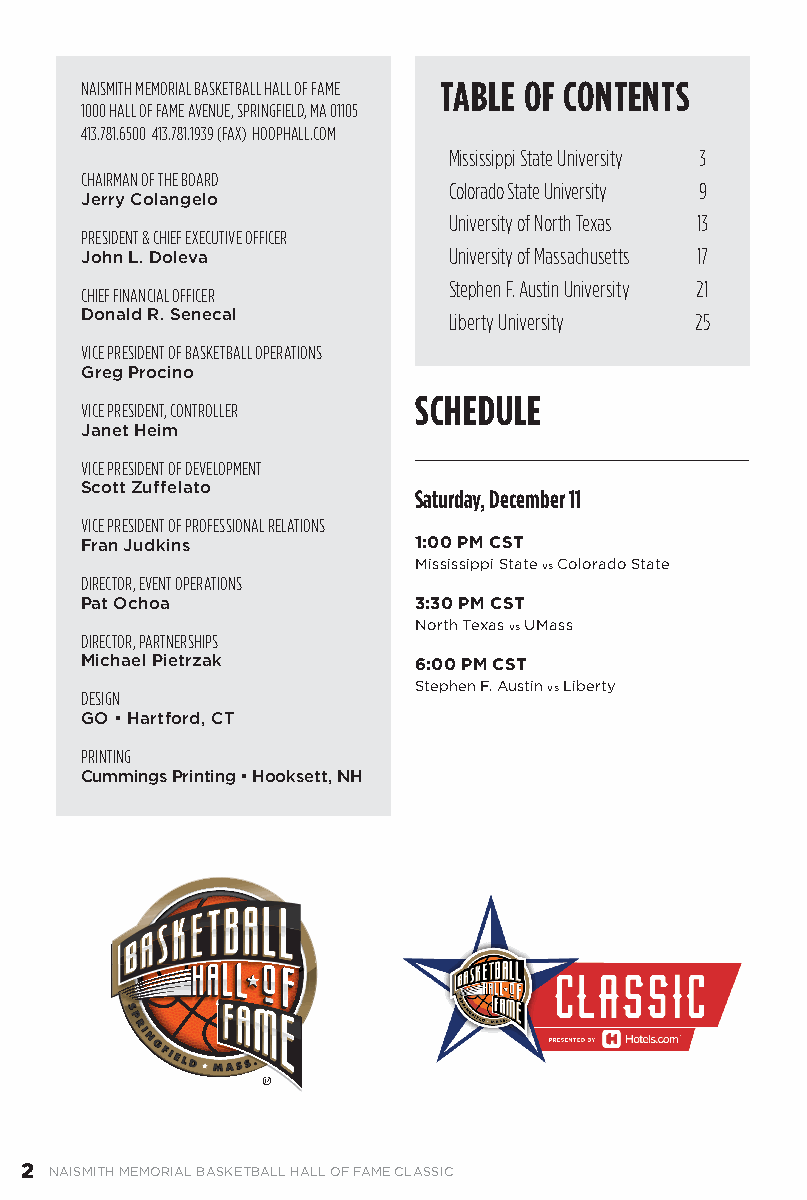
NAISMITH MEMORIAL BASKETBALL HALL OF FAME TABLE OF CONTENTS
 1000 HALL OF FAME AVENUE, SPRINGFIELD, MA 01105
 413.781.6500 413.781.1939 (FAX) HOOPHALL.COM
 Mississippi State University 3
 CHAIRMAN OF THE BOARD
 Colorado State University 9
 Jerry Colangelo
 University of North Texas 13
 PRESIDENT & CHIEF EXECUTIVE OFFICER
 John L. Doleva           University of Massachusetts 17
 Stephen F. Austin University 21
 CHIEF FINANCIAL OFFICER
 Donald R. Senecal        Liberty University 25
 VICE PRESIDENT OF BASKETBALL OPERATIONS
 Greg Procino
 SCHEDULE
 VICE PRESIDENT, CONTROLLER
 Janet Heim
 VICE PRESIDENT OF DEVELOPMENT
 Scott Zuffelato
 Saturday, December 11
 VICE PRESIDENT OF PROFESSIONAL RELATIONS
 Fran Judkins          1:00 PM CST
 Mississippi State vs Colorado State
 DIRECTOR, EVENT OPERATIONS
 Pat Ochoa             3:30 PM CST
 North Texas vs UMass
 DIRECTOR, PARTNERSHIPS
 Michael Pietrzak      6:00 PM CST
 Stephen F. Austin vs Liberty
 DESIGN
 GO • Hartford, CT
 PRINTING
 Cummings Printing • Hooksett, NH
 2 NAISMITH MEMORIAL BASKETBALL HALL OF FAME CLASSIC